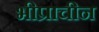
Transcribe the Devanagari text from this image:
भीप्राचीन